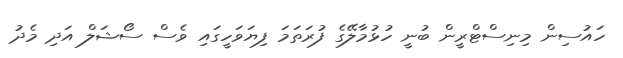
ހައުސިން މިނިސްޓްރީން ބުނީ ހުޅުމާލޭގެ ފުރަތަމަ ފިޔަވަހީގައި ވެސް ސޯޝަލް އަދި މެދު